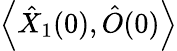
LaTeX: \left\langle\hat{X}_{1}(0),\hat{O}(0)\right\rangle